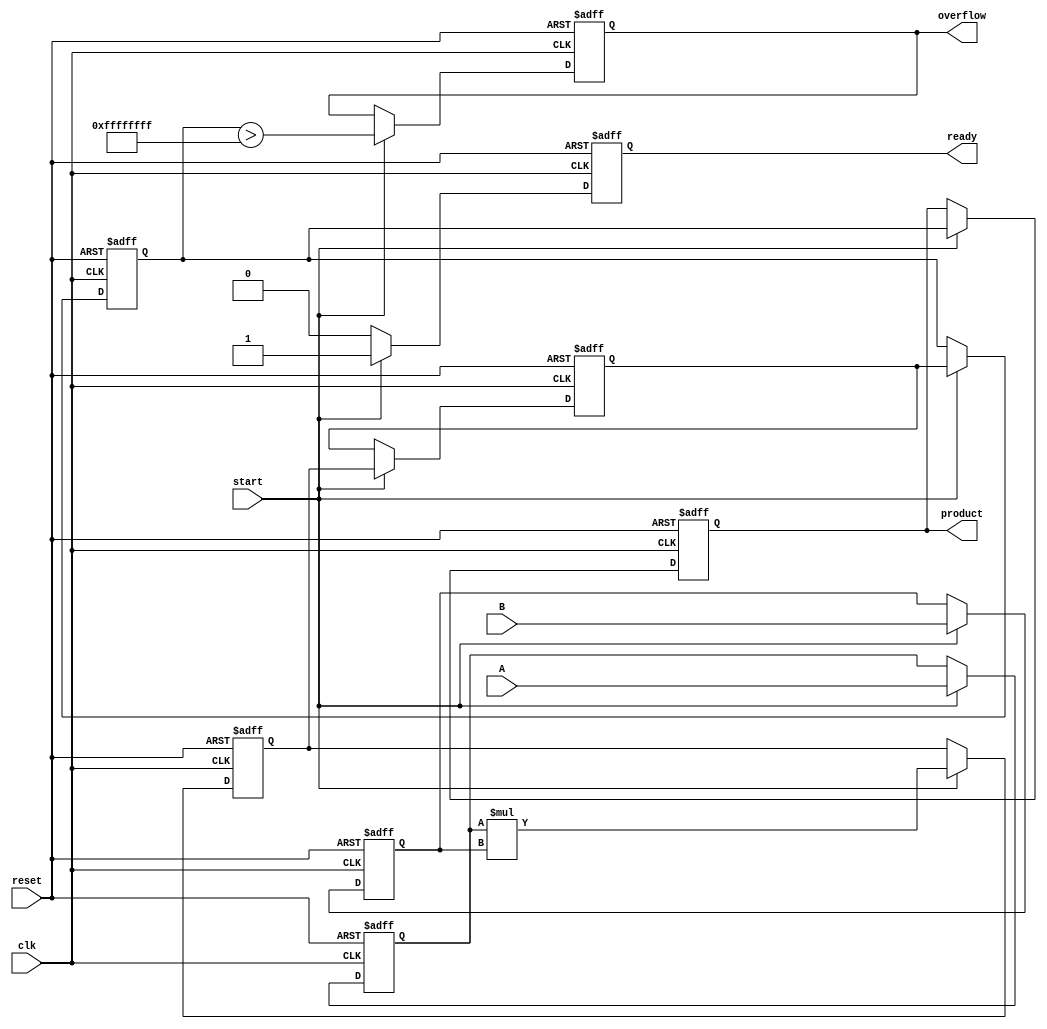
module streaming_multiplier #(
    parameter DATA_WIDTH = 16, // Width of input/output data
    parameter PIPELINE_STAGES = 3 // Number of pipeline stages
)(
    input wire clk,
    input wire reset,
    input wire start,
    input wire [DATA_WIDTH-1:0] A,
    input wire [DATA_WIDTH-1:0] B,
    output reg [2*DATA_WIDTH-1:0] product,
    output reg ready,
    output reg overflow
);

    // Pipeline registers for intermediate multiplication results
    reg [DATA_WIDTH-1:0] A_reg [0:PIPELINE_STAGES-1];
    reg [DATA_WIDTH-1:0] B_reg [0:PIPELINE_STAGES-1];
    reg [2*DATA_WIDTH-1:0] prod_reg [0:PIPELINE_STAGES-1];

    integer i;

    always @(posedge clk or posedge reset) begin
        if (reset) begin
            // Reset all registers and outputs
            for (i = 0; i < PIPELINE_STAGES; i = i + 1) begin
                A_reg[i] <= 0;
                B_reg[i] <= 0;
                prod_reg[i] <= 0;
            end
            product <= 0;
            ready <= 0;
            overflow <= 0;
        end else if (start) begin
            // Shift inputs into pipeline
            A_reg[0] <= A;
            B_reg[0] <= B;
            for (i = 1; i < PIPELINE_STAGES; i = i + 1) begin
                A_reg[i] <= A_reg[i-1];
                B_reg[i] <= B_reg[i-1];
            end

            // Perform multiplication in the pipeline
            prod_reg[0] <= A_reg[0] * B_reg[0];
            for (i = 1; i < PIPELINE_STAGES; i = i + 1) begin
                prod_reg[i] <= prod_reg[i-1]; // Pass through product
            end

            // Detect overflow (simple overflow handling)
            overflow <= (prod_reg[PIPELINE_STAGES-1] > {(2*DATA_WIDTH){1'b1}});

            // Output the final product after last stage
            product <= prod_reg[PIPELINE_STAGES-1];
            ready <= 1; // Indicate that product is ready
        end else begin
            ready <= 0; // Not ready when not processing
        end
    end

endmodule